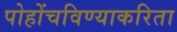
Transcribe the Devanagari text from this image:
पोहोंचविण्याकरिता